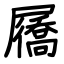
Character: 屩